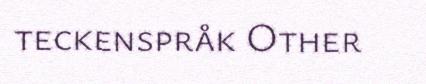
teckenspråk Other